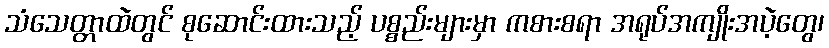
သံသေတ္တာထဲတွင် စုဆောင်းထားသည့် ပစ္စည်းများမှာ ကစားစရာ အရုပ်အကျိုးအပဲ့တွေ၊